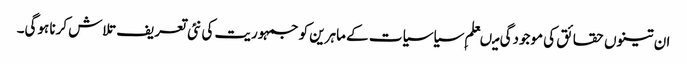
ان تینوں حقائق کی موجودگی میںعلم ِسیاسیات کے ماہرین کو جمہوریت کی نئی تعریف تلاش کرنا ہوگی۔